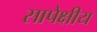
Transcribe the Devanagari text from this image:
सापेक्षीय